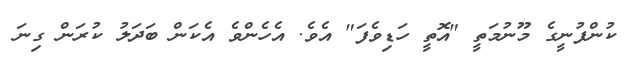
ކުންފުނީގެ މޫނުމަތީ "އޮތީ ހަޑިވެފަ" އެވެ. އެހެންވެ އެކަން ބަދަލު ކުރަން ގިނަ